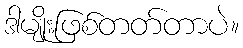
ဒါမျိုးဖြစ်တတ်တာပဲ။